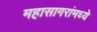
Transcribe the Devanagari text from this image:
महासागरांमध्ये